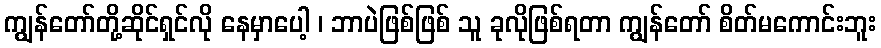
ကျွန်တော်တို့ဆိုင်ရှင်လို နေမှာပေါ့ ၊ ဘာပဲဖြစ်ဖြစ် သူ ခုလိုဖြစ်ရတာ ကျွန်တော် စိတ်မကောင်းဘူး